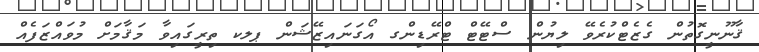
ޤާނޫނީގޮތުން ގެޒެޓްކުރެވޭ ލިޔުން ސްޓޭޓް ޓްރޭޑިންގ އޯގަނައިޒޭޝަން ޕލކ ތިރީގައިވާ މަޤާމަށް މުވައްޒަފެއް